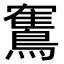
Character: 𫛏